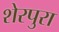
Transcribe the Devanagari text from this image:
शेरपुरा